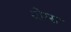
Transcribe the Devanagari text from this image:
थ्रोग्स